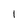
Character: 1